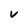
Character: V